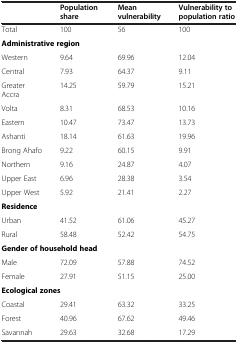
|  | Population share | Mean vulnerability | Vulnerability to population ratio |
 | --- | --- | --- | --- |
 | Total | 100 | 56 | 100 |
 | <COLSPAN=3> Administrative region |  |
 | Western | 9.64 | 69.96 | 12.04 |
 | Central | 7.93 | 64.37 | 9.11 |
 | Greater Accra | 14.25 | 59.79 | 15.21 |
 | Volta | 8.31 | 68.53 | 10.16 |
 | Eastern | 10.47 | 73.47 | 13.73 |
 | Ashanti | 18.14 | 61.63 | 19.96 |
 | Brong Ahafo | 9.22 | 60.15 | 9.91 |
 | Northern | 9.16 | 24.87 | 4.07 |
 | Upper East | 6.96 | 28.38 | 3.54 |
 | Upper West | 5.92 | 21.41 | 2.27 |
 | Residence |  |  |  |
 | Urban | 41.52 | 61.06 | 45.27 |
 | Rural | 58.48 | 52.42 | 54.75 |
 | <COLSPAN=3> Gender of household head |  |
 | Male | 72.09 | 57.88 | 74.52 |
 | Female | 27.91 | 51.15 | 25.00 |
 | <COLSPAN=3> Ecological zones |  |
 | Coastal | 29.41 | 63.32 | 33.25 |
 | Forest | 40.96 | 67.62 | 49.46 |
 | Savannah | 29.63 | 32.68 | 17.29 |